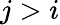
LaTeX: j>i